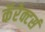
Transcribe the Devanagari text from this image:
कॅरेक्टर्स